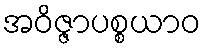
အဝိဇ္ဇာပစ္စယာဝ